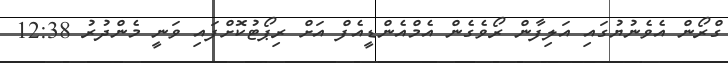
ގްރޯން އެވެނުޔުގައި އަލިފާން ރޯވެގެން އެމްއެންޑީއެފް އަށް ރިޕޯޓުކޮށްފައި ވަނީ މެންދުރު 12:38